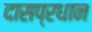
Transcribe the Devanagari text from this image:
दासप्रधान